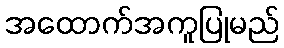
အထောက်အကူပြုမည်